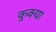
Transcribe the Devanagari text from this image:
कुक्या